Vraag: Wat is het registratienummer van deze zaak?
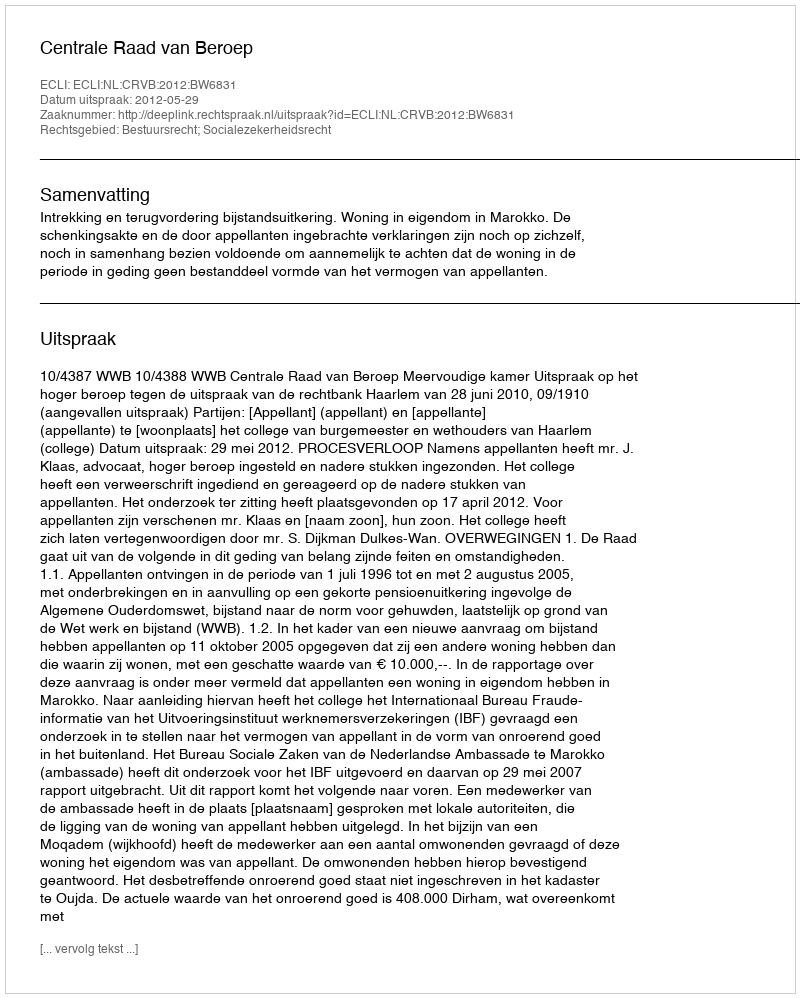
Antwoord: http://deeplink.rechtspraak.nl/uitspraak?id=ECLI:NL:CRVB:2012:BW6831